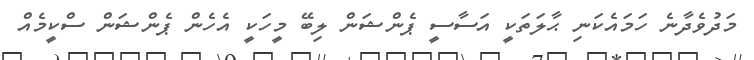
މަދުވެދާނެ ހަމައެކަނި ޙާލަތަކީ އަސާސީ ޕެންޝަން ލިބޭ މީހަކީ އެހެން ޕެންޝަން ސްކީމެއް